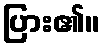
ပြား၏။